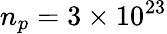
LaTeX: n_{p}=3\times 10^{23}